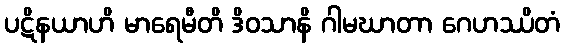
ပဋိနယာဟိ မာရေမီတိ ဒိဝသာနိ ဂါမဃာတာ ဂေဟဿိတံ